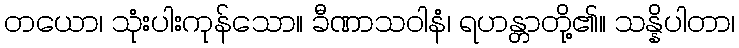
တယော၊ သုံးပါးကုန်သော။ ခီဏာသဝါနံ၊ ရဟန္တာတို့၏။ သန္နိပါတာ၊